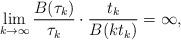
LaTeX: \begin{align*} \lim_{k\to\infty} \frac{B(\tau_k)}{\tau_k} \cdot \frac{t_k}{B(kt_k)}=\infty,\end{align*}